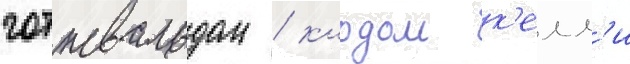
готтвальдом / клодом к'елл'и